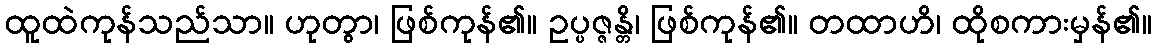
ထူထဲကုန်သည်သာ။ ဟုတွာ၊ ဖြစ်ကုန်၏။ ဥပ္ပဇ္ဇန္တိ၊ ဖြစ်ကုန်၏။ တထာဟိ၊ ထိုစကားမှန်၏။